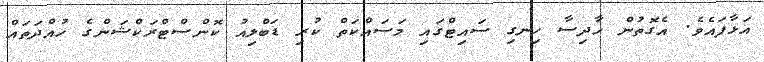
އަޅާފައެވެ. އެގޮތުން ހާދިސާ ހިނގި ސައިޓްގައި މަސައްކަތް ކުރި ޑަބްލިއު ކޮންސްޓްރަކްޝަންގެ ހުއްދަތައް